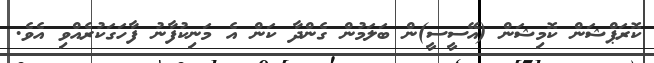
ކޮރަޕްޝަން ކޮމިޝަން (އޭސީސީ)ން ބަލަމުން ގެންދާ ކަން އެ މަނިކުފާނު ފާހަގަކުރެއްވި އެވެ.